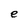
Character: e